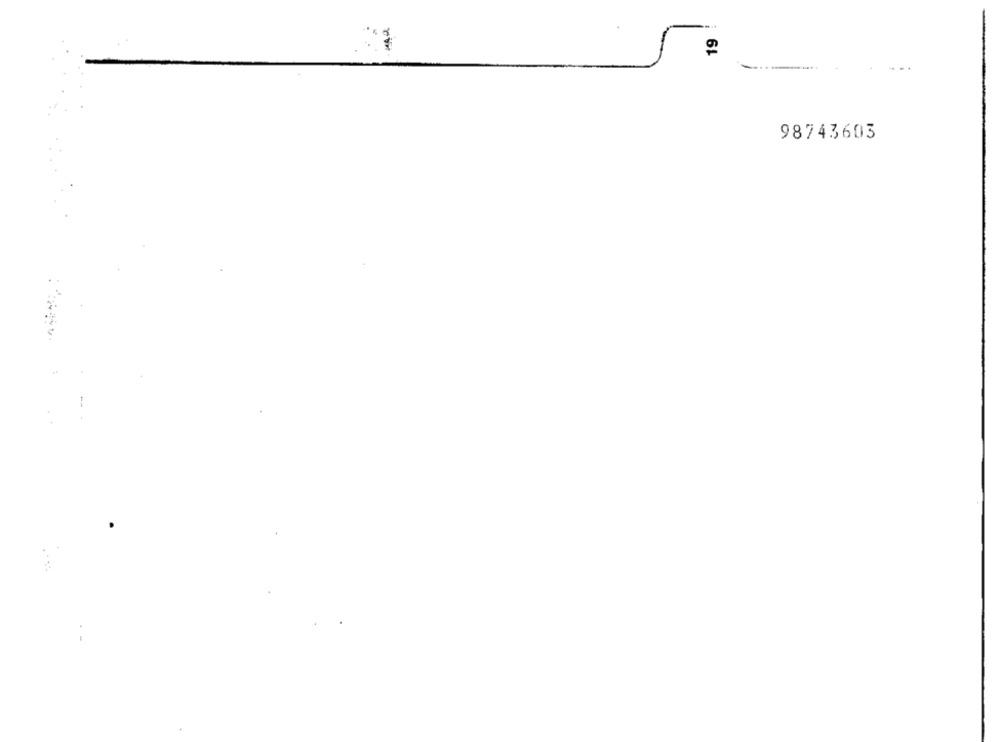
19
98743603